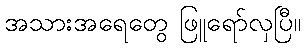
အသားအရေတွေ ဖြူရော်လှပြီ။